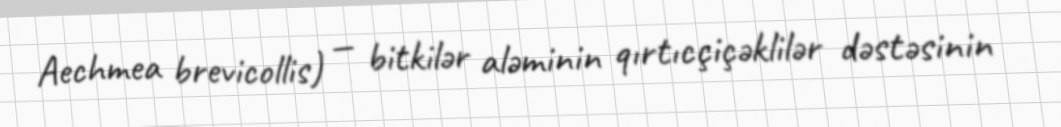
Aechmea brevicollis) — bitkilər aləminin qırtıcçiçəklilər dəstəsinin